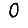
Digit: 0